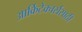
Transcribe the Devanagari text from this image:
आर्किटेक्चर्ससाठी